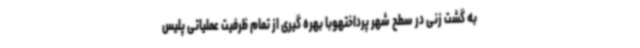
به گشت زنی در سطح شهر پرداختهوبا بهره گیری از تمام ظرفیت عملیاتی پلیس